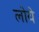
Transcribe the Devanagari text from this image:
लोये